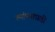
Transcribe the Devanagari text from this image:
त्यांच्याप्रती